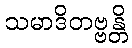
သမာဒိတဗ္ဗန္တိ